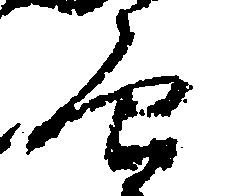
面